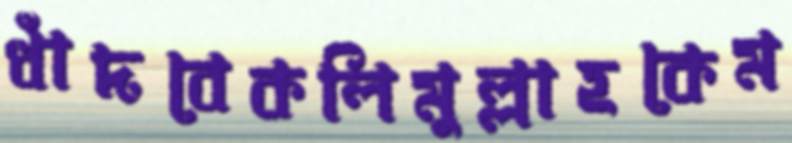
ধাঁদবেকলিমুল্লাহকেম